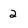
Character: 2